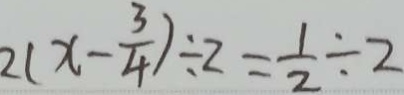
2 ( x - \frac { 3 } { 4 } ) \div 2 = \frac { 1 } { 2 } \div 2